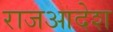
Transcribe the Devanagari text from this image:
राजआदेश